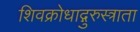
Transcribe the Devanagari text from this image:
शिवक्रोधाद्गुरुस्त्राता